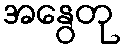
အနွေတု